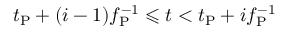
t _ { \mathrm { P } } + ( i - 1 ) f _ { \mathrm { P } } ^ { - 1 } \leqslant t < t _ { \mathrm { P } } + i f _ { \mathrm { P } } ^ { - 1 }